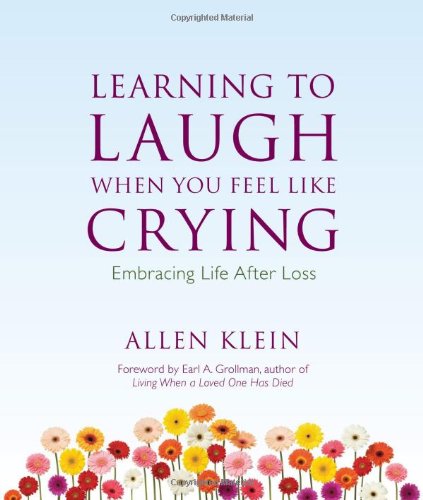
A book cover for Learning to Laugh When You Feel Like Crying: Embracing Life After Loss; Allen Klein; Humor & Entertainment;